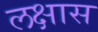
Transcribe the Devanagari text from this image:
लक्षास